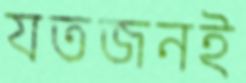
যতজনই